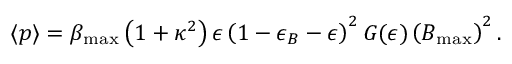
{ \langle p \rangle } = \beta _ { \mathrm { m a x } } \left( 1 + \kappa ^ { 2 } \right) \epsilon \left( { 1 - \epsilon _ { B } - \epsilon } \right) ^ { 2 } G ( \epsilon ) \left( B _ { \mathrm { m a x } } \right) ^ { 2 } .